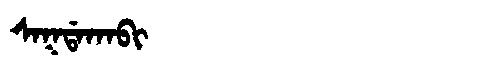
Manchu: ᠰᠠᡴᡩᠠᡴᠠᠪᡳ
Romanization: SAKDAKABI